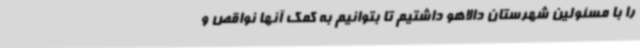
را با مسئولین شهرستان دالاهو داشتیم تا بتوانیم به کمک آنها نواقص و